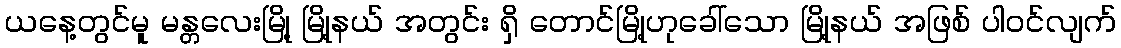
ယနေ့တွင်မူ မန္တလေးမြို့ မြို့နယ် အတွင်း ရှိ တောင်မြို့ဟုခေါ်သော မြို့နယ် အဖြစ် ပါဝင်လျက်